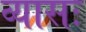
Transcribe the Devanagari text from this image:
व्यासः